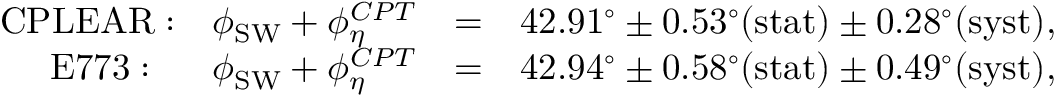
\begin{array} { r l r } { \mathrm { C P L E A R : } ~ ~ ~ \phi _ { \mathrm { S W } } + \phi _ { \eta } ^ { C P T } } & { = } & { 4 2 . 9 1 ^ { \circ } \pm 0 . 5 3 ^ { \circ } \mathrm { ( s t a t ) } \pm 0 . 2 8 ^ { \circ } \mathrm { ( s y s t ) } , } \\ { \mathrm { E 7 7 3 : ~ ~ } ~ ~ ~ \phi _ { \mathrm { S W } } + \phi _ { \eta } ^ { C P T } } & { = } & { 4 2 . 9 4 ^ { \circ } \pm 0 . 5 8 ^ { \circ } \mathrm { ( s t a t ) } \pm 0 . 4 9 ^ { \circ } \mathrm { ( s y s t ) } , } \end{array}